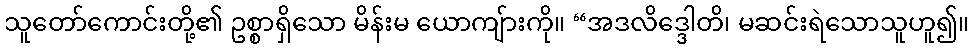
သူတော်ကောင်းတို့၏ ဥစ္စာရှိသော မိန်းမ ယောကျ်ားကို။ “အဒလိဒ္ဒေါတိ၊ မဆင်းရဲသောသူဟူ၍။